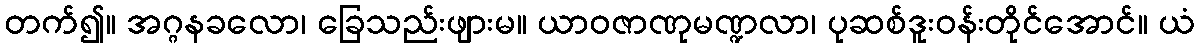
တက်၍။ အဂ္ဂနခလော၊ ခြေသည်းဖျားမ။ ယာဝဇာဏုမဏ္ဍလာ၊ ပုဆစ်ဒူးဝန်းတိုင်အောင်။ ယံ